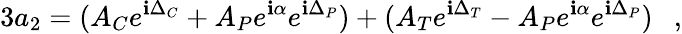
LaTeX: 3a_{2}=(A_{C}e^{\mathbf{i}\Delta_{C}}+A_{P}e^{\mathbf{i}\alpha}e^{\mathbf{i}\Delta_{P}})+(A_{T}e^{\mathbf{i}\Delta_{T}}-A_{P}e^{\mathbf{i}\alpha}e^{\mathbf{i}\Delta_{P}})~~~,